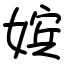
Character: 嫔